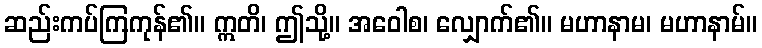
ဆည်းကပ်ကြကုန်၏။ ဣတိ၊ ဤသို့။ အဝေါစ၊ လျှောက်၏။ မဟာနာမ၊ မဟာနာမ်။